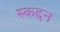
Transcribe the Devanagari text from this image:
स्कद्दन